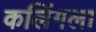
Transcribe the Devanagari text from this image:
कलिंगला